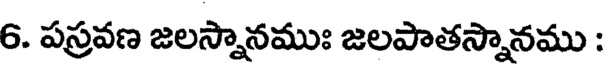
6. పస్రవణ జలస్నానముః జలపాతస్నానము :